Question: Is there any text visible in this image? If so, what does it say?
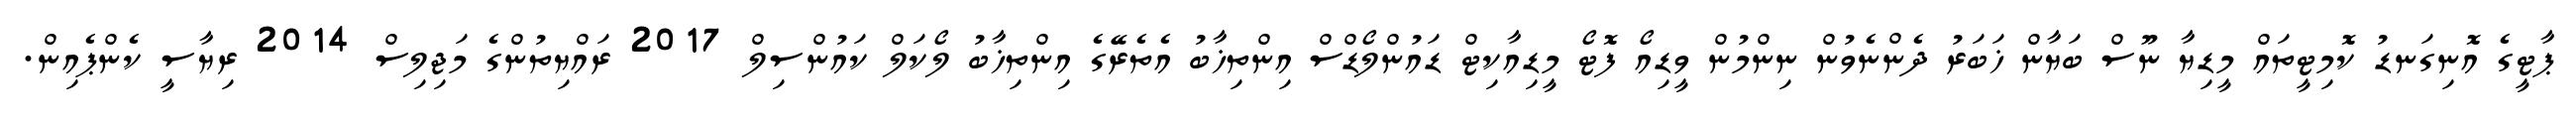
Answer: ޕާޓީގެ އޮނިގަނޑު ކޮމިޓީތައް މީޑިޔާ ނޫސް ބަޔާން ޚަބަރު ދެންނެވުން ނިންމުން ވީޑިއޯ ފޮޓޯ މީޑިއާކިޓް ޑައުންލޯޑްސް އިންތިޚާބު އެތެރޭގެ އިންތިޚާބު ލޯކަލް ކައުންސިލް 2017 ރައްޔިތުންގެ މަޖިލިސް 2014 ރިޔާސީ ކެންޕެއިން.